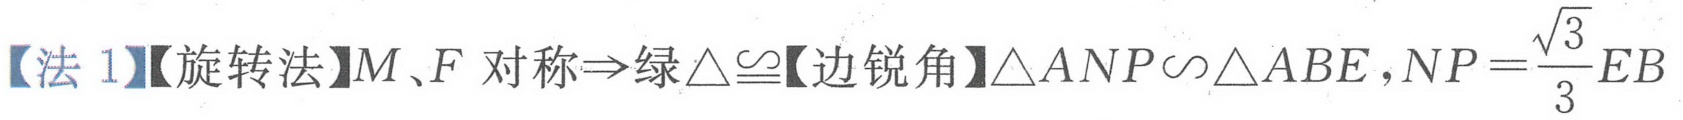
【法 1】【旋转法】\(M、F\)对称\(\Rightarrow\)绿\(\triangle\cong\)【边锐角】\(\triangle ANP\sim\triangle ABE\)，\(NP = \frac{\sqrt{3}}{3}EB\)